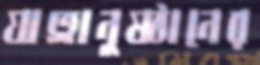
যাত্রানুষ্ঠানের